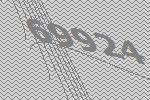
69924